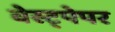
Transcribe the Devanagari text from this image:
वेस्ट्पेपर